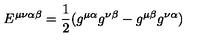
E ^ { \mu \nu \alpha \beta } = \frac { 1 } { 2 } ( g ^ { \mu \alpha } g ^ { \nu \beta } - g ^ { \mu \beta } g ^ { \nu \alpha } )